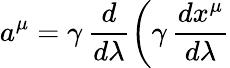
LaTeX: a^{\mu}=\gamma\, \frac{d}{d\lambda}\biggl(\gamma\, \frac{dx^{\mu}}{d\lambda}